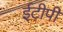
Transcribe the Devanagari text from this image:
ईटीपी